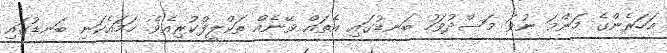
އަހަރެންގެ މަންމަ ނުވަ މަސްދުވަހު ބަނޑުގައި އެތައް ވޭނެއް ތަކްލީފްކުރިއެވެ. ހަމައެކަނި ބަނޑުގައި